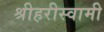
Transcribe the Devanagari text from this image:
श्रीहरीस्वामी